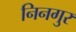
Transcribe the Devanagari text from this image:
निनगुर